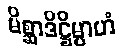
မိစ္ဆာဒိဋ္ဌိမ္ပာဟံ